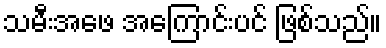
သမီးအဖေ အကြောင်းပင် ဖြစ်သည်။